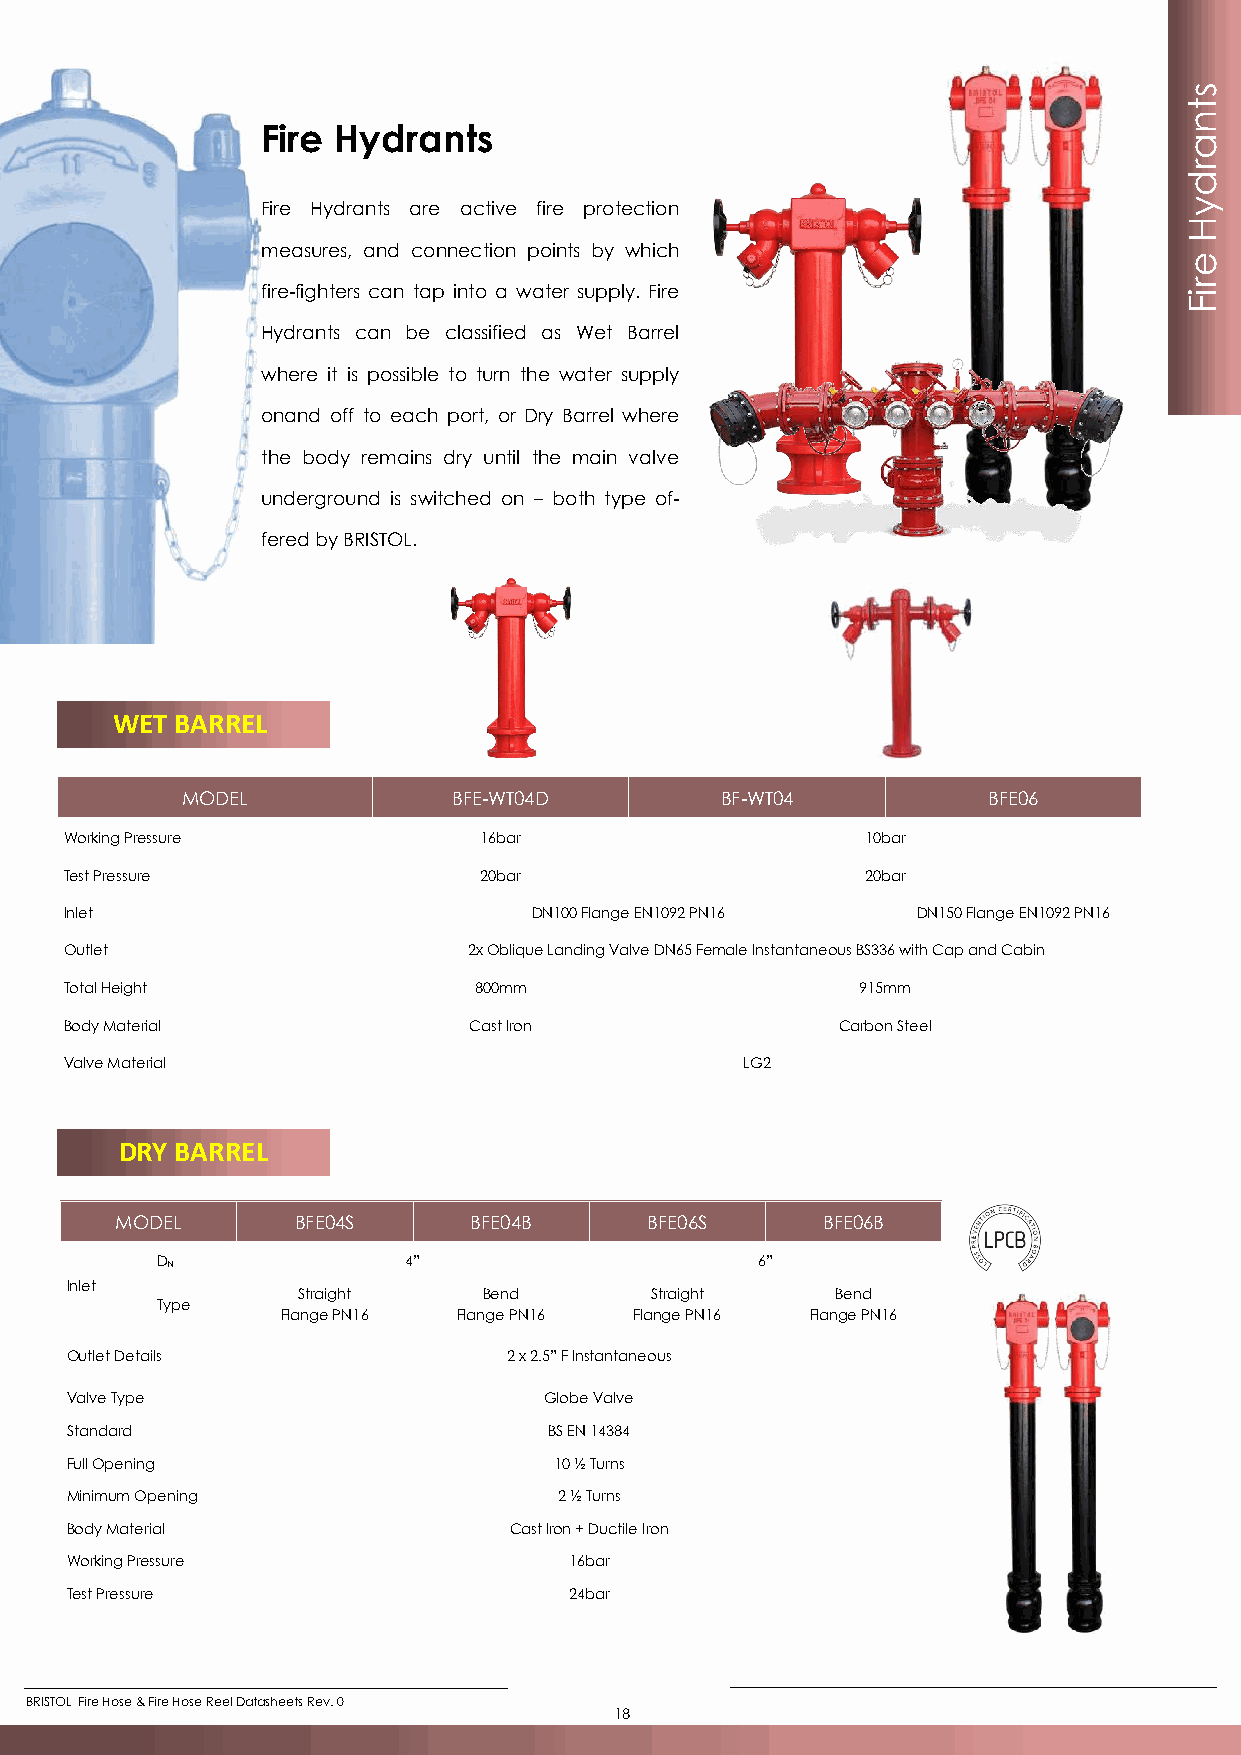
s
 t
 n
 Fire Hydrants
 a
 r
 d
 Fire Hydrants are active fire protection                      y
 H
 measures, and connection points by which
 e
 r
 fire-fighters can tap into a water supply. Fire               i
 F
 Hydrants can be classified as Wet Barrel
 where it is possible to turn the water supply
 onand off to each port, or Dry Barrel where
 the body remains dry until the main valve
 underground is switched on – both type of-
 fered by BRISTOL.
 WET  BARREL
 MODEL             BFE-WT04D         BF-WT04          BFE06
 Working Pressure            16bar                    10bar
 Test Pressure               20bar                    20bar
 Inlet                          DN100 Flange EN1092 PN16  DN150 Flange EN1092 PN16
 Outlet                     2x Oblique Landing Valve DN65 Female Instantaneous BS336 with Cap and Cabin
 Total Height               800mm                     915mm
 Body Material              Cast Iron               Carbon Steel
 Valve Material                               LG2
 DRY BARREL
 MODEL      BFE04S      BFE04B      BFE06S     BFE06B
 DN               4”                     6”
 Inlet
 Straight    Bend       Straight    Bend
 Type
 Flange PN16 Flange PN16 Flange PN16 Flange PN16
 Outlet Details                2 x 2.5” F Instantaneous
 Valve Type                      Globe Valve
 Standard                        BS EN 14384
 Full Opening                     10 ½ Turns
 Minimum Opening                  2 ½ Turns
 Body Material                 Cast Iron + Ductile Iron
 Working Pressure                  16bar
 Test Pressure                     24bar
 BRISTOL Fire Hose & Fire Hose Reel Datasheets Rev. 0
 18